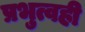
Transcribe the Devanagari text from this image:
प्रभुत्वही